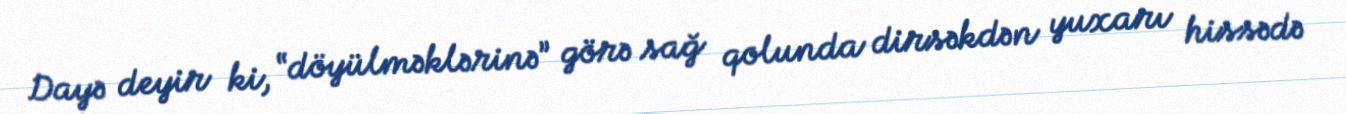
Dayə deyir ki, “döyülməklərinə” görə sağ qolunda dirsəkdən yuxarı hissədə